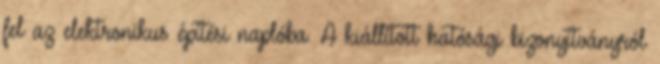
fel az elektronikus építési naplóba. A kiállított hatósági bizonyítványról